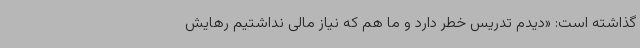
گذاشته است: «دیدم تدریس خطر دارد و ما هم که نیاز مالی نداشتیم رهایش